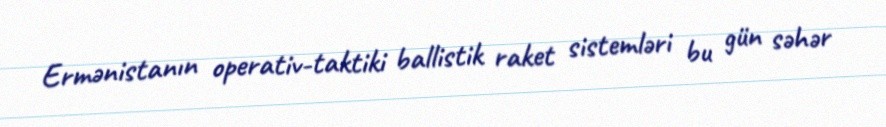
Ermənistanın operativ-taktiki ballistik raket sistemləri bu gün səhər